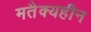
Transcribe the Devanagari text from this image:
मतैक्यहीन